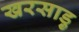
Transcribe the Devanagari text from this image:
खरसाड़ु